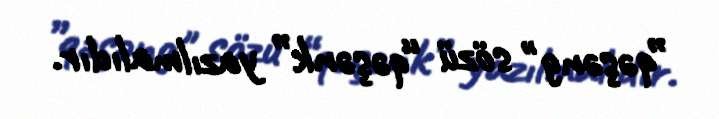
”qəşəng" sözü “qəşənk” yazılmalıdır.